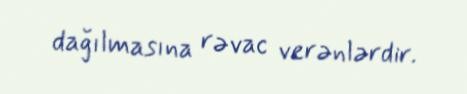
dağılmasına rəvac verənlərdir.